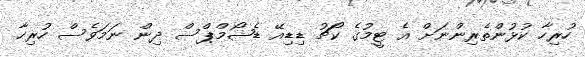
ހުރިހާ ކުޅުންތެރިންނަށް އެ ޓީމުގެ ކޯޗު ޑިޑިއޭ ޑެޝޯމްޕްސް ދިން ނަމަވެސް ހުރިހާ